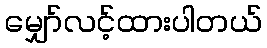
မျှော်လင့်ထားပါတယ်